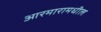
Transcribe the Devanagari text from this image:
आरमारामधील